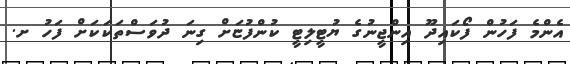
އެންމެ ފަހުން ފޯކައިދޫ އިންޖީނުގެ ޔުޓީލިޓީ ކުންފުޏަށް ގިނަ ދުވަސްތަކަކަށް ފަހު ށ.